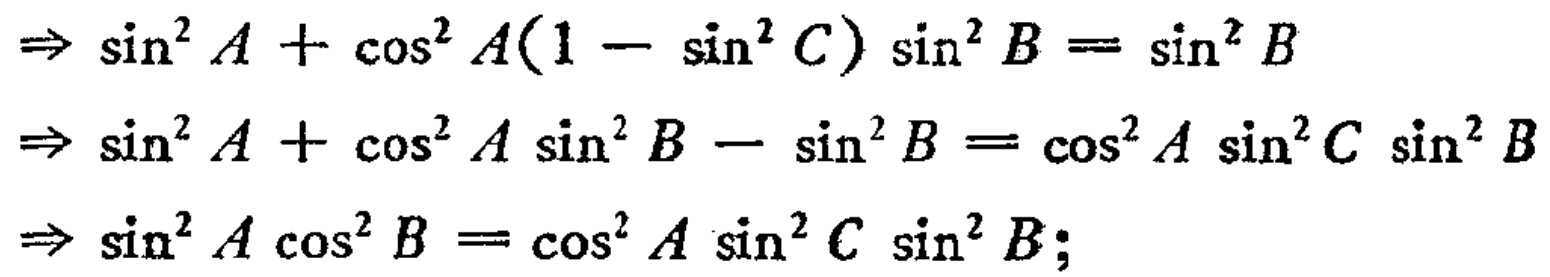
\begin{align*}

&\Rightarrow \sin^{2}A+\cos^{2}A(1 - \sin^{2}C)\sin^{2}B=\sin^{2}B\\

&\Rightarrow \sin^{2}A+\cos^{2}A\sin^{2}B-\sin^{2}B=\cos^{2}A\sin^{2}C\sin^{2}B\\

&\Rightarrow \sin^{2}A\cos^{2}B=\cos^{2}A\sin^{2}C\sin^{2}B;

\end{align*}